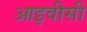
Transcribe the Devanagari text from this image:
आइवीसी